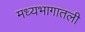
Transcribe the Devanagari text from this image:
मध्यभागातली